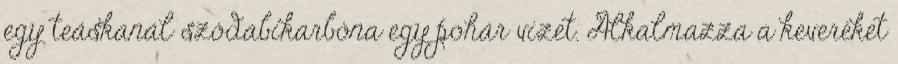
egy teáskanál szódabikarbóna egy pohár vizet. Alkalmazza a keveréket